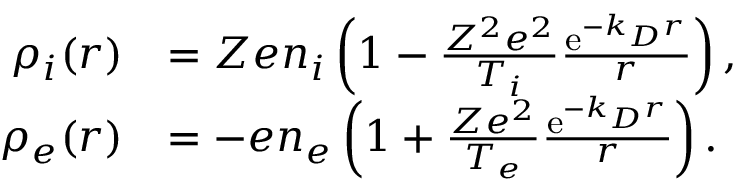
\begin{array} { r l } { \rho _ { i } ( \boldsymbol { r } ) } & { = Z e n _ { i } \left( 1 - \frac { Z ^ { 2 } e ^ { 2 } } { T _ { i } } \frac { \mathrm { e } ^ { - k _ { D } r } } { r } \right) , } \\ { \rho _ { e } ( \boldsymbol { r } ) } & { = - e n _ { e } \left( 1 + \frac { Z e ^ { 2 } } { T _ { e } } \frac { \mathrm { e } ^ { - k _ { D } r } } { r } \right) . } \end{array}